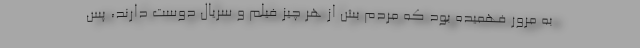
به مرور فهمیده بود که مردم بش از هر چیز فیلم و سریال دوست دارند، پس